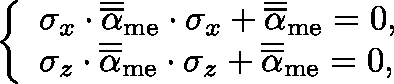
\left\{ \begin{array} { l l } { \sigma _ { x } \cdot \overline { { \overline { { \mathbf { \alpha } } } } } _ { \mathrm { m e } } \cdot \sigma _ { x } + \overline { { \overline { { \mathbf { \alpha } } } } } _ { \mathrm { m e } } = 0 , } \\ { \sigma _ { z } \cdot \overline { { \overline { { \mathbf { \alpha } } } } } _ { \mathrm { m e } } \cdot \sigma _ { z } + \overline { { \overline { { \mathbf { \alpha } } } } } _ { \mathrm { m e } } = 0 , } \end{array} \right.